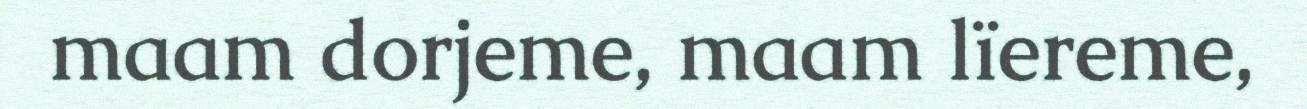
maam dorjeme, maam lïereme,